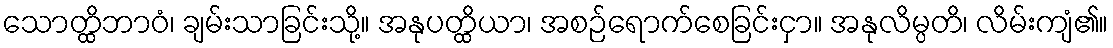
သောတ္ထိဘာဝံ၊ ချမ်းသာခြင်းသို့။ အနုပတ္ထိယာ၊ အစဉ်ရောက်စေခြင်းငှာ။ အနုလိမ္ပတိ၊ လိမ်းကျံ၏။